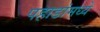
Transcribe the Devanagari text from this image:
पहाडांमध्ये